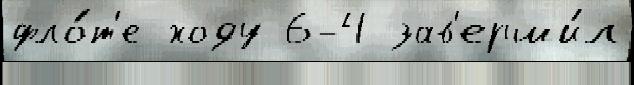
фло́т'е ходу 6-4 зав'ерши́л